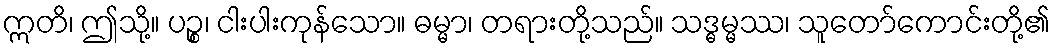
ဣတိ၊ ဤသို့။ ပဉ္စ၊ ငါးပါးကုန်သော။ ဓမ္မာ၊ တရားတို့သည်။ သဒ္ဓမ္မဿ၊ သူတော်ကောင်းတို့၏